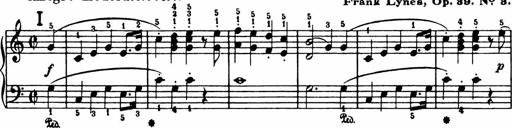
Title: Analytical Sonatinas
Composer: Frank Lynes